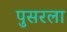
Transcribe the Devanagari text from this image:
पुसरला